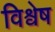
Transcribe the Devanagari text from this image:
विश्वेष